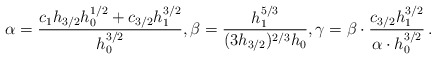
\begin{align*}\alpha = \frac{c_1 h_{3/2} h_0^{1/2} + c_{3/2} h_1^{3/2}}{h_0^{3/2}}, \beta=\frac{h_1^{ 5/3}}{(3 h_{3/2})^{2/3} h_0}, \gamma = \beta \cdot \frac{c_{3/2}h_1^{3/2}}{\alpha \cdot h_0^{3/2}}\, .\end{align*}